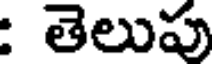
: తెలుపు